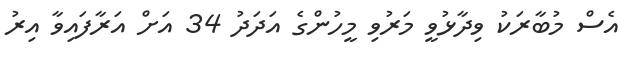
އެސް މުބާރަކު ވިދާޅުވީ މަރުވި މީހުންގެ އަދަދު 34 އަށް އަރާފައިވާ އިރު